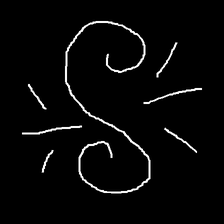
Glyph: wind-directs-air